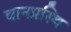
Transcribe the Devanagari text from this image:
वानप्रस्थि